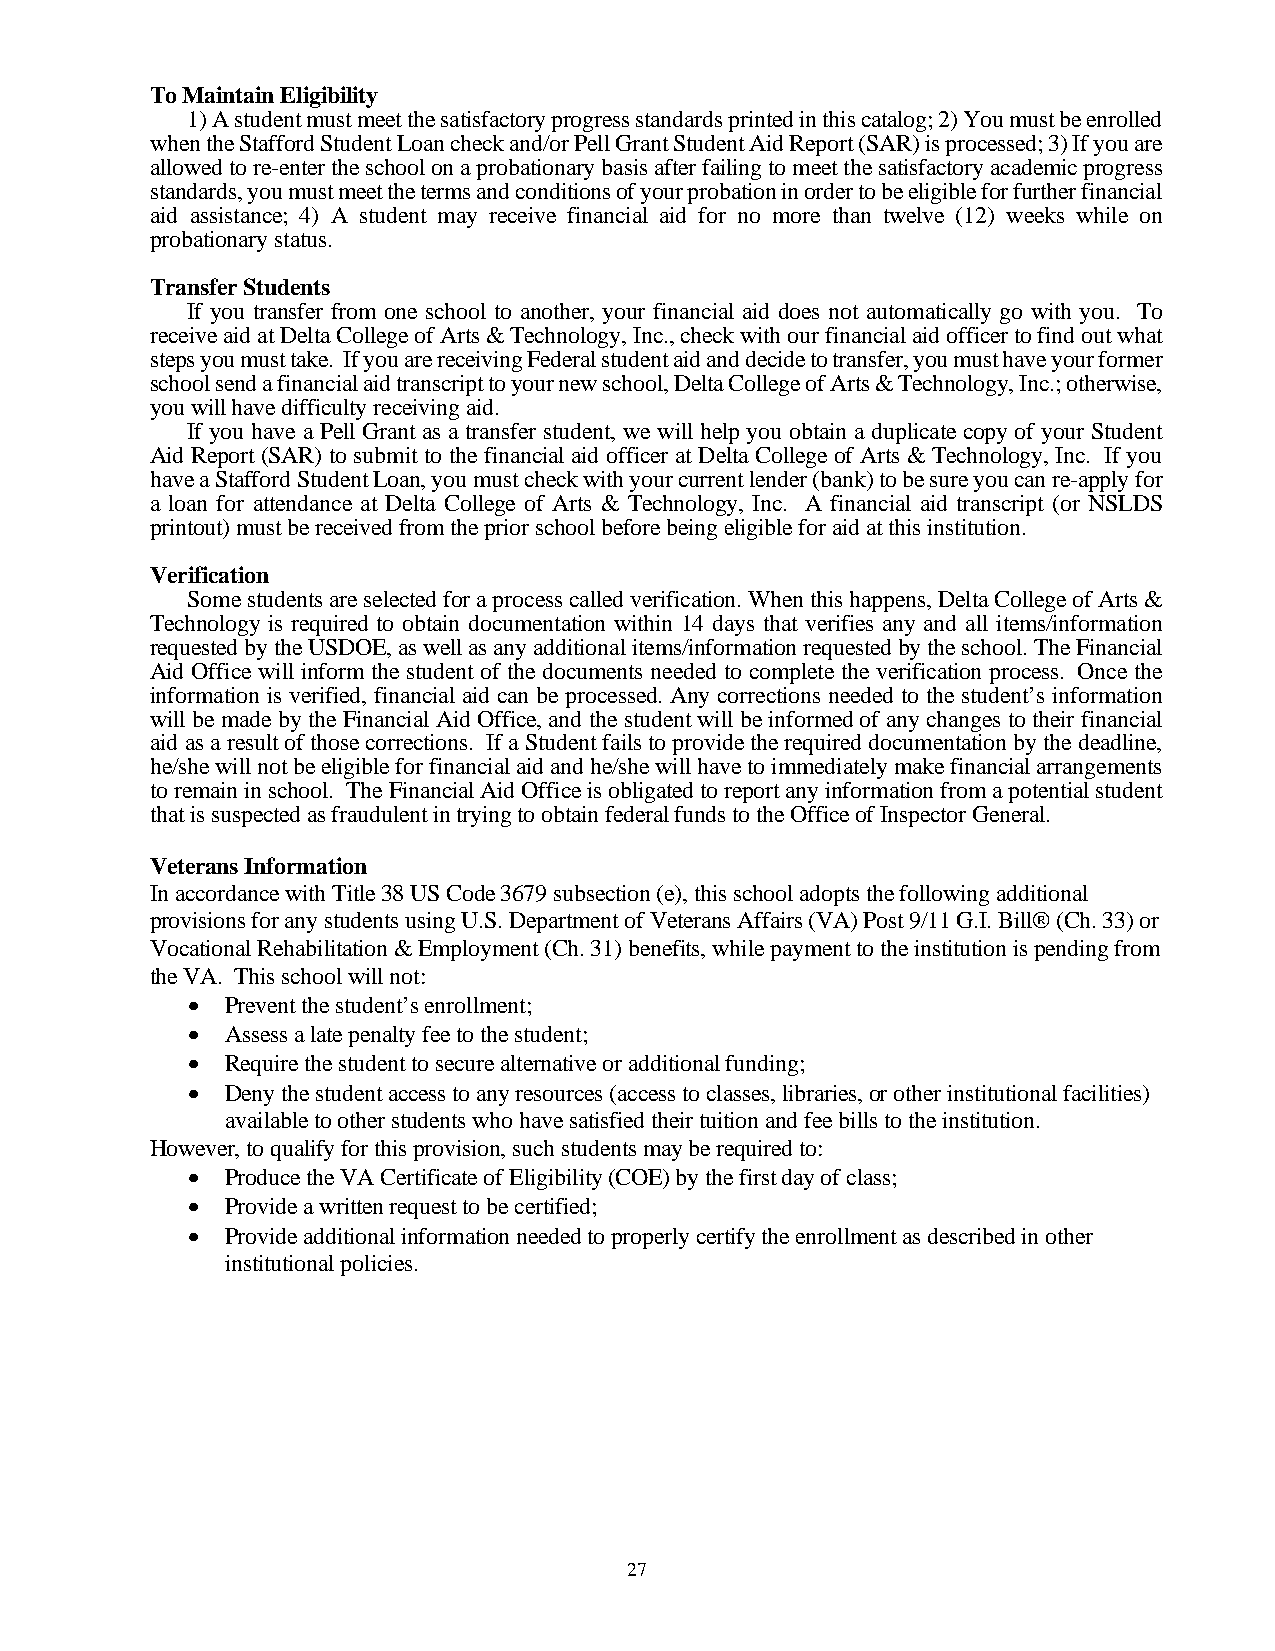
To Maintain Eligibility
 1) A student must meet the satisfactory progress standards printed in this catalog; 2) You must be enrolled
 when the Stafford Student Loan check and/or Pell Grant Student Aid Report (SAR) is processed; 3) If you are
 allowed to re-enter the school on a probationary basis after failing to meet the satisfactory academic progress
 standards, you must meet the terms and conditions of your probation in order to be eligible for further financial
 aid assistance; 4) A student may receive financial aid for no more than twelve (12) weeks while on
 probationary status.
 Transfer Students
 If you transfer from one school to another, your financial aid does not automatically go with you. To
 receive aid at Delta College of Arts & Technology, Inc., check with our financial aid officer to find out what
 steps you must take. If you are receiving Federal student aid and decide to transfer, you must have your former
 school send a financial aid transcript to your new school, Delta College of Arts & Technology, Inc.; otherwise,
 you will have difficulty receiving aid.
 If you have a Pell Grant as a transfer student, we will help you obtain a duplicate copy of your Student
 Aid Report (SAR) to submit to the financial aid officer at Delta College of Arts & Technology, Inc. If you
 have a Stafford Student Loan, you must check with your current lender (bank) to be sure you can re-apply for
 a loan for attendance at Delta College of Arts & Technology, Inc. A financial aid transcript (or NSLDS
 printout) must be received from the prior school before being eligible for aid at this institution.
 Verification
 Some students are selected for a process called verification. When this happens, Delta College of Arts &
 Technology is required to obtain documentation within 14 days that verifies any and all items/information
 requested by the USDOE, as well as any additional items/information requested by the school. The Financial
 Aid Office will inform the student of the documents needed to complete the verification process. Once the
 information is verified, financial aid can be processed. Any corrections needed to the student’s information
 will be made by the Financial Aid Office, and the student will be informed of any changes to their financial
 aid as a result of those corrections. If a Student fails to provide the required documentation by the deadline,
 he/she will not be eligible for financial aid and he/she will have to immediately make financial arrangements
 to remain in school. The Financial Aid Office is obligated to report any information from a potential student
 that is suspected as fraudulent in trying to obtain federal funds to the Office of Inspector General.
 Veterans Information
 In accordance with Title 38 US Code 3679 subsection (e), this school adopts the following additional
 provisions for any students using U.S. Department of Veterans Affairs (VA) Post 9/11 G.I. Bill® (Ch. 33) or
 Vocational Rehabilitation & Employment (Ch. 31) benefits, while payment to the institution is pending from
 the VA. This school will not:
   Prevent the student’s enrollment;
   Assess a late penalty fee to the student;
   Require the student to secure alternative or additional funding;
   Deny the student access to any resources (access to classes, libraries, or other institutional facilities)
 available to other students who have satisfied their tuition and fee bills to the institution.
 However, to qualify for this provision, such students may be required to:
   Produce the VA Certificate of Eligibility (COE) by the first day of class;
   Provide a written request to be certified;
   Provide additional information needed to properly certify the enrollment as described in other
 institutional policies.
 27